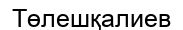
Төлешқалиев